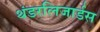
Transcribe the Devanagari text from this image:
थंडरलिजार्डस